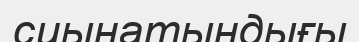
сиынатындығы